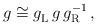
LaTeX: \begin{align*}g \cong g_{\rm L}^{\vphantom 1} \, g \,g_{\rm R}^{-1} \, ,\end{align*}